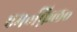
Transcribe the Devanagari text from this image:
एम॰फ़िल॰